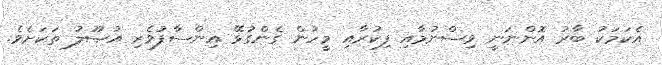
އެކަމަކު ބާރު އޮންނަނީ ވިސްނުމާއި ފިކުރާއި މީހުން ގެންގުޅޭ އިންސާފުވެރި އުޞޫލު ތަކަށެވެ.